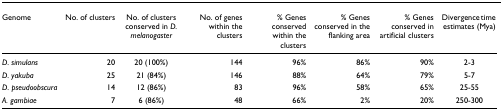
| Genome | No. of clusters | No. of clusters conserved in D. melanogaster | No. of genes within the clusters | % Genes conserved within the clusters | % Genes conserved in the flanking area | % Genes conserved in artificial clusters | Divergence time estimates (Mya) |
 | --- | --- | --- | --- | --- | --- | --- | --- |
 | D. simulans | 20 | 20 (100%) | 144 | 96% | 86% | 90% | 2-3 |
 | D. yakuba | 25 | 21 (84%) | 146 | 88% | 64% | 79% | 5-7 |
 | D. pseudoobscura | 14 | 12 (86%) | 83 | 96% | 58% | 65% | 25-55 |
 | A. gambiae | 7 | 6 (86%) | 48 | 66% | 2% | 20% | 250-300 |